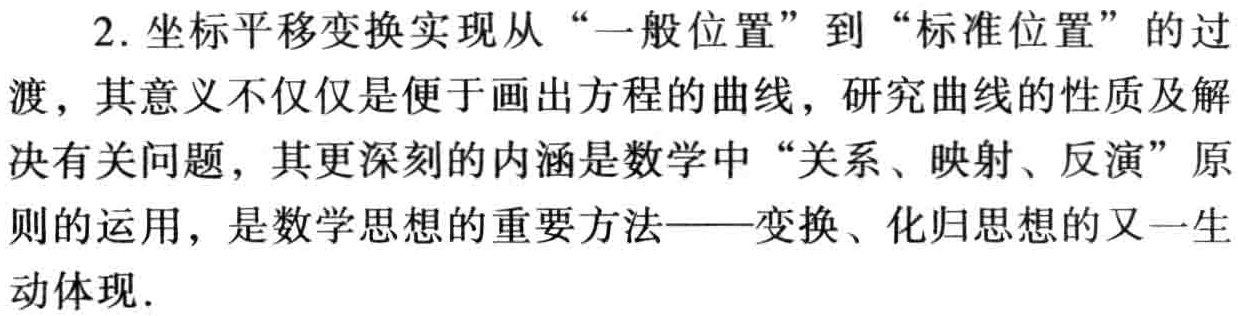
2. 坐标平移变换实现从“一般位置”到“标准位置”的过
渡，其意义不仅仅是便于画出方程的曲线，研究曲线的性质及解
决有关问题，其更深刻的内涵是数学中“关系、映射、反演”原
则的运用，是数学思想的重要方法——变换、化归思想的又一生
动体现.